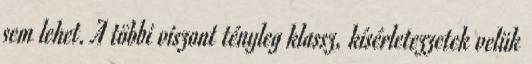
sem lehet. A többi viszont tényleg klassz, kísérletezzetek velük